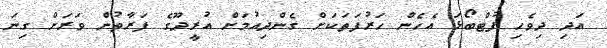
އަދި ދިވެހި ފުޓްބޯޅަ އެހެން ހަރުފަތަކަށް ގެންދިއުމަށް އުރީދޫގެ ފަރާތުން ވަރަށް ގިނަ